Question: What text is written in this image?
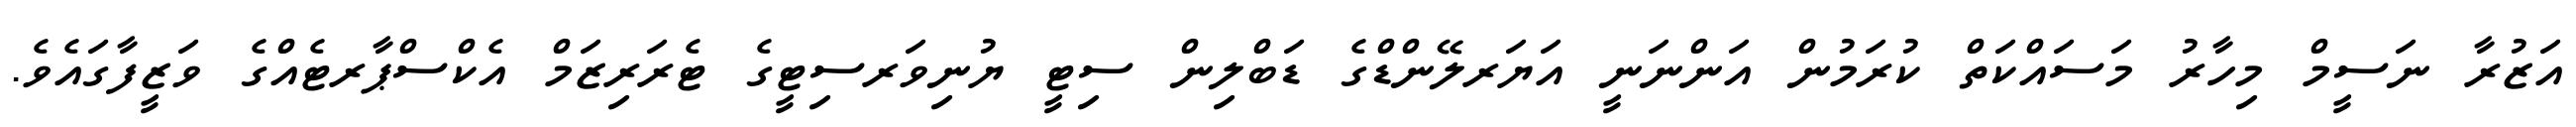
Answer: އަޒުރާ ނަސީމް މިހާރު މަސައްކަތް ކުރަމުން އަންނަނީ އަޔަރލޭންޑްގެ ޑަބްލިން ސިޓީ ޔުނިވަރސިޓީގެ ޓެރަރިޒަމް އެކްސްޕާރޓެއްގެ ވަޒީފާގައެވެ.